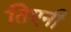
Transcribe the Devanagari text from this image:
तिएनी